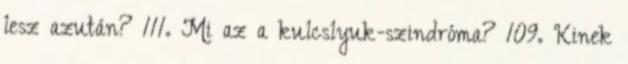
lesz azután? 111. Mi az a kulcslyuk-szindróma? 109. Kinek